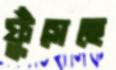
ফুঁসেছে